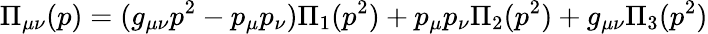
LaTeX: \Pi_{\mu\nu}(p)=(g_{\mu\nu}p^{2}-p_{\mu}p_{\nu})\Pi_{1}(p^{2})+p_{\mu}p_{\nu}\Pi_{2}(p^{2})+g_{\mu\nu}\Pi_{3}(p^{2})